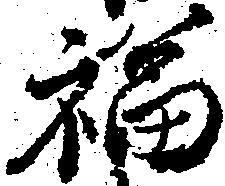
福